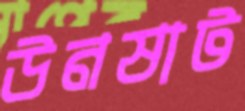
উনষাট